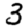
Digit: 3